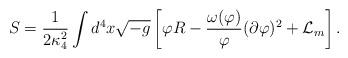
LaTeX: \begin{align*}S = \frac{1}{2\kappa_4^2}\int d^4 x \sqrt{-g}\left[\varphi R -\frac{\omega(\varphi)}{\varphi} (\partial \varphi)^2 + {\cal L}_m\right]. \end{align*}